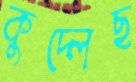
কুদ্‌লেছ